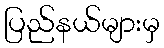
ပြည်နယ်များမှ